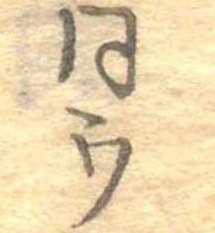
同ウ